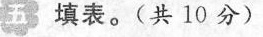
五 填表。(共10分)